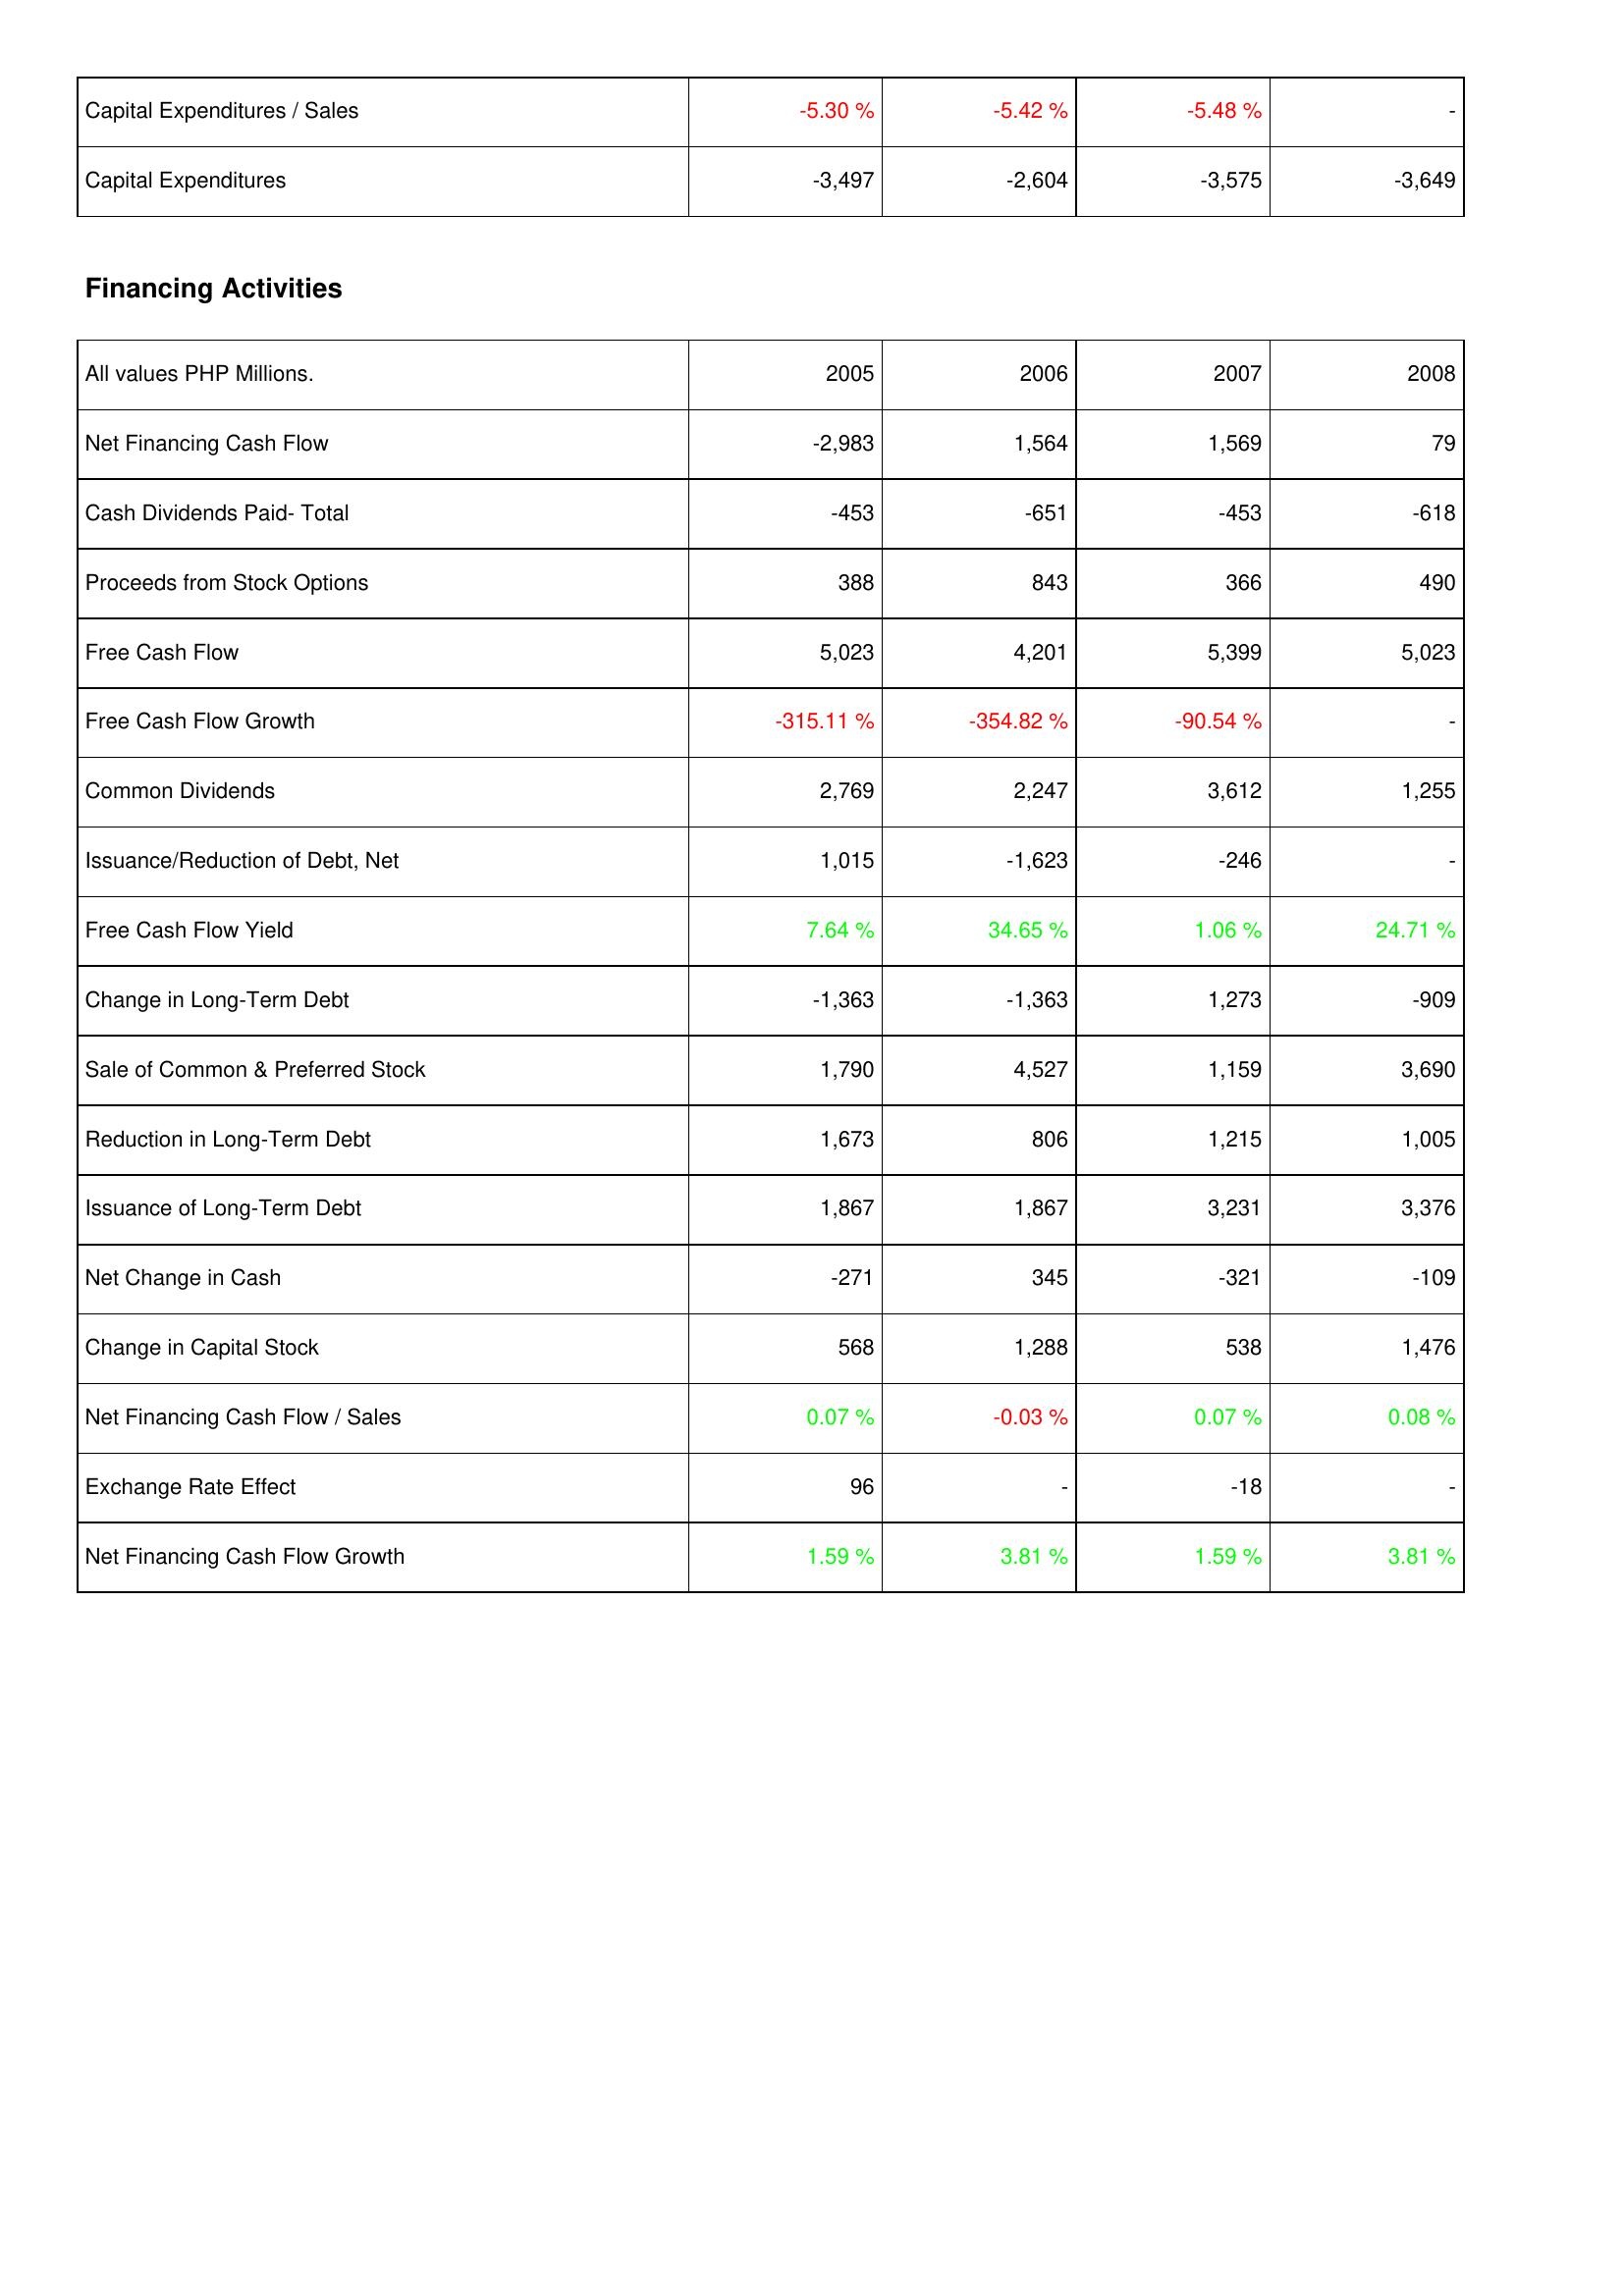
2005: Investing Activities: Capital Expenditures / Sales: -5.30 %
Capital Expenditures: -3,497
Financing Activities: Net Financing Cash Flow: -2,983
Cash Dividends Paid- Total: -453
Proceeds from Stock Options: 388
Free Cash Flow: 5,023
Free Cash Flow Growth: -315.11 %
Common Dividends: 2,769
Issuance/Reduction of Debt, Net: 1,015
Free Cash Flow Yield: 7.64 %
Change in Long-Term Debt: -1,363
Sale of Common & Preferred Stock: 1,790
Reduction in Long-Term Debt: 1,673
Issuance of Long-Term Debt: 1,867
Net Change in Cash: -271
Change in Capital Stock: 568
Net Financing Cash Flow / Sales: 0.07 %
Exchange Rate Effect: 96
Net Financing Cash Flow Growth: 1.59 %
2006: Investing Activities: Capital Expenditures / Sales: -5.42 %
Capital Expenditures: -2,604
Financing Activities: Net Financing Cash Flow: 1,564
Cash Dividends Paid- Total: -651
Proceeds from Stock Options: 843
Free Cash Flow: 4,201
Free Cash Flow Growth: -354.82 %
Common Dividends: 2,247
Issuance/Reduction of Debt, Net: -1,623
Free Cash Flow Yield: 34.65 %
Change in Long-Term Debt: -1,363
Sale of Common & Preferred Stock: 4,527
Reduction in Long-Term Debt: 806
Issuance of Long-Term Debt: 1,867
Net Change in Cash: 345
Change in Capital Stock: 1,288
Net Financing Cash Flow / Sales: -0.03 %
Exchange Rate Effect: -
Net Financing Cash Flow Growth: 3.81 %
2007: Investing Activities: Capital Expenditures / Sales: -5.48 %
Capital Expenditures: -3,575
Financing Activities: Net Financing Cash Flow: 1,569
Cash Dividends Paid- Total: -453
Proceeds from Stock Options: 366
Free Cash Flow: 5,399
Free Cash Flow Growth: -90.54 %
Common Dividends: 3,612
Issuance/Reduction of Debt, Net: -246
Free Cash Flow Yield: 1.06 %
Change in Long-Term Debt: 1,273
Sale of Common & Preferred Stock: 1,159
Reduction in Long-Term Debt: 1,215
Issuance of Long-Term Debt: 3,231
Net Change in Cash: -321
Change in Capital Stock: 538
Net Financing Cash Flow / Sales: 0.07 %
Exchange Rate Effect: -18
Net Financing Cash Flow Growth: 1.59 %
2008: Investing Activities: Capital Expenditures / Sales: -
Capital Expenditures: -3,649
Financing Activities: Net Financing Cash Flow: 79
Cash Dividends Paid- Total: -618
Proceeds from Stock Options: 490
Free Cash Flow: 5,023
Free Cash Flow Growth: -
Common Dividends: 1,255
Issuance/Reduction of Debt, Net: -
Free Cash Flow Yield: 24.71 %
Change in Long-Term Debt: -909
Sale of Common & Preferred Stock: 3,690
Reduction in Long-Term Debt: 1,005
Issuance of Long-Term Debt: 3,376
Net Change in Cash: -109
Change in Capital Stock: 1,476
Net Financing Cash Flow / Sales: 0.08 %
Exchange Rate Effect: -
Net Financing Cash Flow Growth: 3.81 %